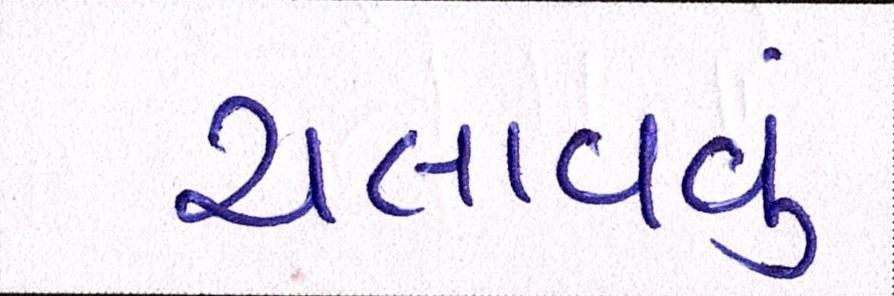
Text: ચલાવવું